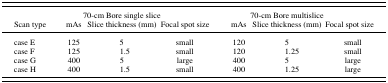
|  | <COLSPAN=3> 70‐cm Bore single slice | <COLSPAN=3> 70‐cm Bore multislice |
 | Scan type | mAs | Slice thickness (mm) | Focal spot size | mAs | Slice thickness (mm) | Focal spot size |
 | --- | --- | --- | --- | --- | --- | --- |
 | case E | 125 | 5 | small | 120 | 5 | small |
 | case F | 125 | 1.5 | small | 120 | 1.25 | small |
 | case G | 400 | 5 | large | 400 | 5 | large |
 | case H | 400 | 1.5 | small | 400 | 1.25 | large |